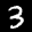
Label: 3